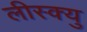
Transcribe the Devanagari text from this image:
लीस्क्यु